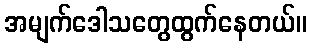
အမျက်ဒေါသတွေထွက်နေတယ်။